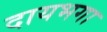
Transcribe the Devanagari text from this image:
दायभगा